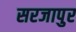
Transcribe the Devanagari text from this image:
सरजापुर